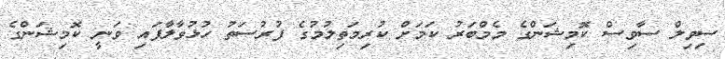
ސިވިލް ސާވިސް ކޮމިޝަންގެ މެމްބަރު ކަމަށް ކުރިމަތިލުމުގެ ފުރުސަތު ހުޅުވާލާފައި ވަނީ ކޮމިޝަންގެ